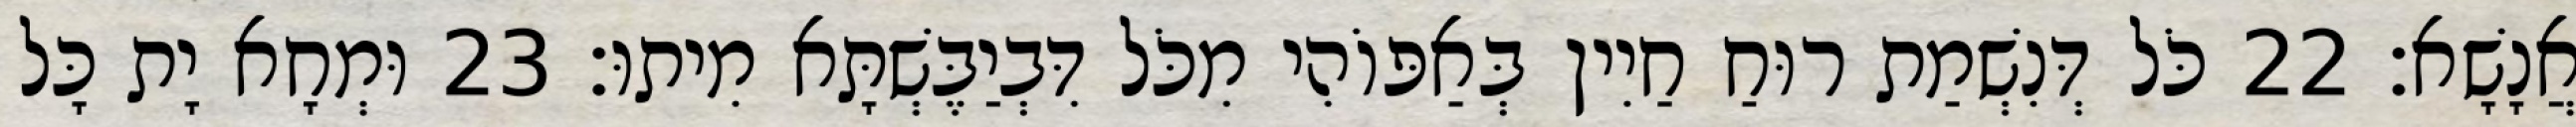
אֲנָשָׁא׃ 22 כֹּל דְּנִשְׁמַת רוּחַ חַיִין בְּאַפּוֹהִי מִכֹּל דִּבְיַבֶּשְׁתָּא מִיתוּ׃ 23 וּמְחָא יָת כָּל